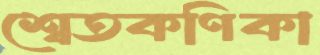
শ্বেতকণিকা